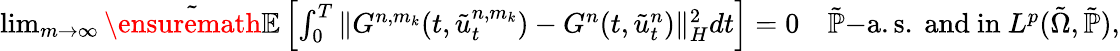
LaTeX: \begin{array}{r}{\operatorname*{lim}_{m\rightarrow\infty}\tilde{\ensuremath{{\mathbb E}}}\left[\int_{0}^{T}\| G^{n,m_{k}}(t,\tilde{u}_{t}^{n,m_{k}})-G^{n}(t,\tilde{u}_{t}^{n})\| _{H}^{2}dt\right]=0\quad\tilde{\mathbb{P}}\mathrm{-a.s.~and~in~}L^{p}(\tilde{\Omega},\tilde{\mathbb{P}}),}\end{array}